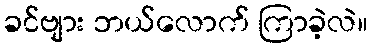
ခင်ဗျား ဘယ်လောက် ကြာခဲ့လဲ။